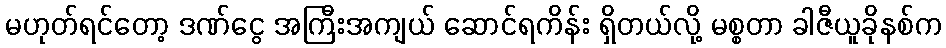
မဟုတ်ရင်တော့ ဒဏ်ငွေ အကြီးအကျယ် ဆောင်ရကိန်း ရှိတယ်လို့ မစ္စတာ ခါဇီယူခိုနစ်က